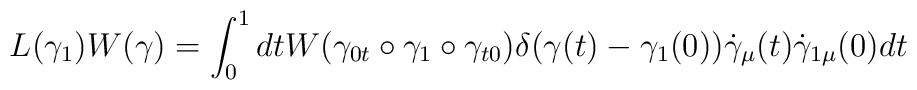
L(\gamma _1)W(\gamma ) = \int _0 ^1 dt W(\gamma _{0t}\circ \gamma_1\circ \gamma_{t0})\delta (\gamma (t) - \gamma _1(0))\dot{\gamma }_\mu (t)\dot{\gamma }_{1\mu }(0)dt